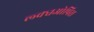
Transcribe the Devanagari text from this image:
ल्क्चओपिस